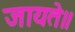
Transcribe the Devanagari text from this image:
जायते॥